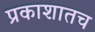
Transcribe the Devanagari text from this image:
प्रकाशातच